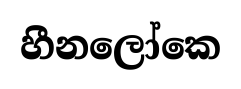
හීනලෝකෙ